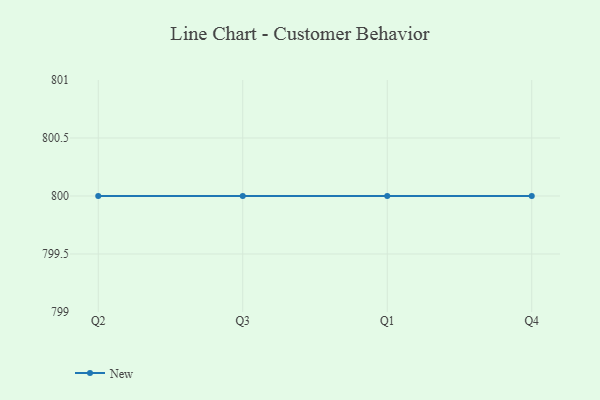
{"axis": {"x": "Quarter", "y": "Population (Million)"}, "legend": ["New"], "data": [{"x": "Q2", "y": 800, "type": "New"}, {"x": "Q3", "y": 800, "type": "New"}, {"x": "Q1", "y": 800, "type": "New"}, {"x": "Q4", "y": 800, "type": "New"}]}